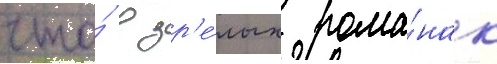
что́ в зр'е́лых рома́нах